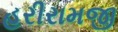
હરીરામજી